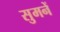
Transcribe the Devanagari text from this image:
सुमनें